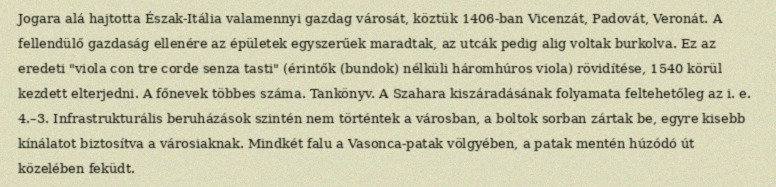
Jogara alá hajtotta Észak-Itália valamennyi gazdag városát, köztük 1406-ban Vicenzát, Padovát, Veronát. A fellendülő gazdaság ellenére az épületek egyszerűek maradtak, az utcák pedig alig voltak burkolva. Ez az eredeti "viola con tre corde senza tasti" (érintők (bundok) nélküli háromhúros viola) rövidítése, 1540 körül kezdett elterjedni. A főnevek többes száma. Tankönyv. A Szahara kiszáradásának folyamata feltehetőleg az i. e. 4.–3. Infrastrukturális beruházások szintén nem történtek a városban, a boltok sorban zártak be, egyre kisebb kínálatot biztosítva a városiaknak. Mindkét falu a Vasonca-patak völgyében, a patak mentén húzódó út közelében feküdt.